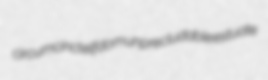
circumcinct elfdom unprecludable estuate